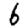
Digit: 6